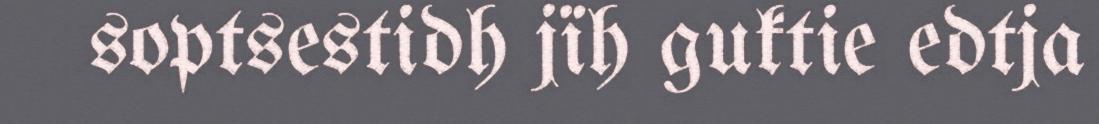
soptsestidh jïh guktie edtja